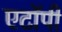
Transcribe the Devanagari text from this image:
एटॉपी